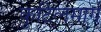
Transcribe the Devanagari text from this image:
कुटिलमार्ग